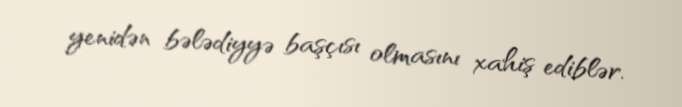
yenidən bələdiyyə başçısı olmasını xahiş ediblər.